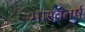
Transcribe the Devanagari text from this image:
भारवतर्ष